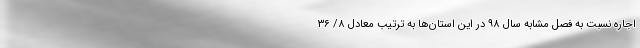
اجاره نسبت به فصل مشابه سال ۹۸ در این استان‌ها به ترتیب معادل ۸/ ۳۶